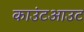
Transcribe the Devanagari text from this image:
काउंटआउट